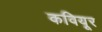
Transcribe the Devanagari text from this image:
कवियूर